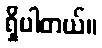
ရှိပါတယ်။